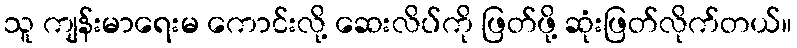
သူ ကျန်းမာရေးမ ကောင်းလို့ ဆေးလိပ်ကို ဖြတ်ဖို့ ဆုံးဖြတ်လိုက်တယ်။